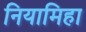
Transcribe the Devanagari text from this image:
नियामिहा